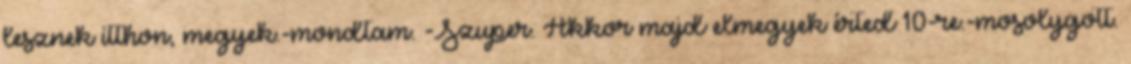
lesznek itthon, megyek.-mondtam. -Szuper. Akkor majd elmegyek érted 10-re.-mosolygott.